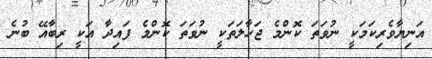
އަނިޔާވެރިކަމަކީ ނުވަތަ ކޮންމެ ޖަހާލަތަކީ ނުވަތަ ކޮންމެ ފައިދާ އަކީ ރިބާއޭ ބުނެ